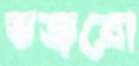
ভজবো